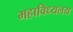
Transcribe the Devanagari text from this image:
महाविध्यलय